Burma Government Medical School reports 1923-41
Year: 1923
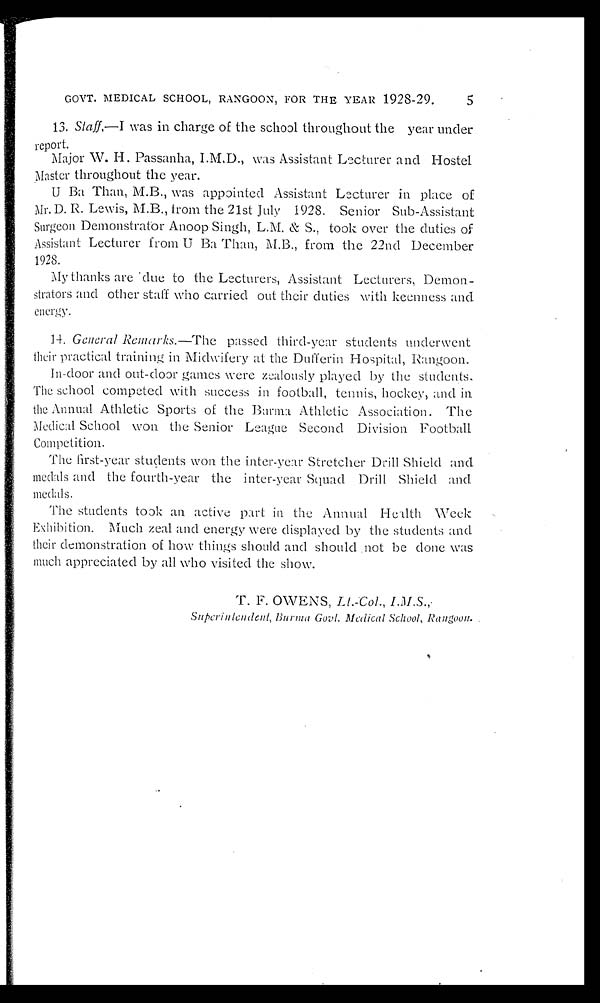
GOVT. MEDICAL SCHOOL, RANGOON, FOR THE YEAR 1928-29.
13. Staff,—I was in charge of the school throughout the year under
report.
Major W. H. Passanha, I.M.D., was Assistant Lecturer and Hostel
Master throughout the year.
U Ba Than, M.B., was appointed Assistant Lecturer in place of
Mr. D. R. Lewis, M.B., from the 21st July 1928. Senior Sub-Assistant
Surgeon Demonstrator Anoop Singh, L.M. & S., took over the duties of
Assistant Lecturer from U Ba Than, M.B., from the 22nd December
1928.
My thanks are due to the Lecturers, Assistant Lecturers, Demon-
s t r a t or s a nd ot he r s t a f f who c a r r i e d o u t t h e i r d u t i e s wi t h k e e n n e s s a n d
energy.
14. General Remarks.—The passed third-year students underwent
their practical training in Midwifery at the Dufferin Hospital, Rangoon.
In-door and out-door games were zealously played by the students.
The school competed with success in football, tennis, hockey, and in
the Annual Athletic Sports of the Burma Athletic Association. The
Medical School won the Senior League Second Division Football
Competition.
The first-year students won the inter-year Stretcher Drill Shield and
medals and the fourth-year the inter-year Squad Drill Shield and
medals.
The students took an active part in the Annual Health Week
Exhibition. Much zeal and energy were displayed by the students and
their demonstration of how things should and should not be done was
much appreciated by all who visited the show.
T. F. OWENS, L t. -Col. , I. M. S. ,
S u p e r i n t e n d e n t , B u r m a G o v t . M e d i c a l S c h o o l , R a n g o o n .
5